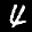
Label: 4